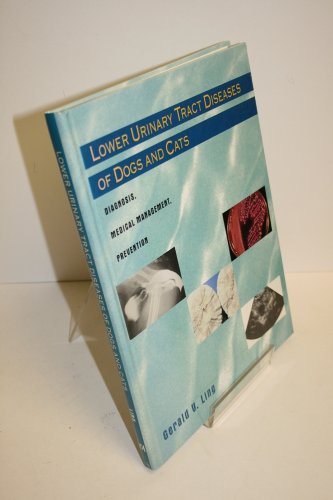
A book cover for Lower Urinary Tract Diseases of Dogs and Cats: Diagnosis, Medical Management, Prevention; Gerald V. Ling DVM; Medical Books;